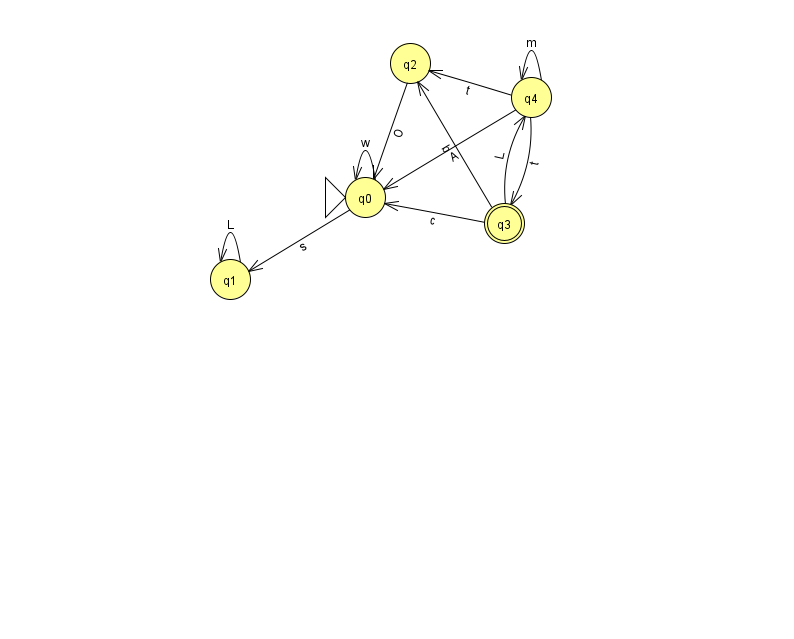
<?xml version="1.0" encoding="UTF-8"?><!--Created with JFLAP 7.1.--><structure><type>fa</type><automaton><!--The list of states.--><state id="0" name="q0"><x>365.0</x><y>184.0</y><initial/></state><state id="1" name="q1"><x>230.0</x><y>266.0</y></state><state id="2" name="q2"><x>410.0</x><y>50.0</y></state><state id="3" name="q3"><x>504.0</x><y>210.0</y><final/></state><state id="4" name="q4"><x>531.0</x><y>84.0</y></state><!--The list of transitions.--><transition><from>3</from><to>2</to><read>b</read></transition><transition><from>3</from><to>0</to><read>c</read></transition><transition><from>4</from><to>2</to><read>t</read></transition><transition><from>4</from><to>3</to><read>t</read></transition><transition><from>4</from><to>0</to><read>A</read></transition><transition><from>0</from><to>0</to><read>w</read></transition><transition><from>3</from><to>4</to><read>L</read></transition><transition><from>1</from><to>1</to><read>L</read></transition><transition><from>0</from><to>1</to><read>s</read></transition><transition><from>4</from><to>4</to><read>m</read></transition><transition><from>2</from><to>0</to><read>O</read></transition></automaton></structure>